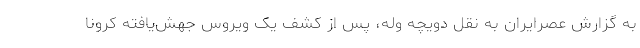
به گزارش عصرایران به نقل دویچه وله، پس از کشف یک ویروس جهش‌یافته کرونا